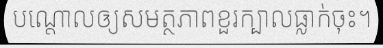
បណ្តោលឲ្យសមត្ថភាពខួរក្បាលធ្លាក់ចុះ។